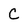
Character: C